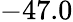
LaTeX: -47.0